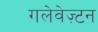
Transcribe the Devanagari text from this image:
गलेवेज़्टन